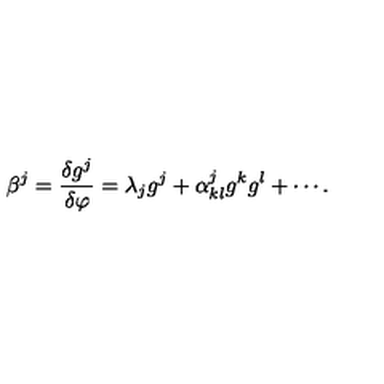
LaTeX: { \beta ^ { j } } = { \frac { \delta { g ^ { j } } } { \delta \varphi } } = { \lambda _ { j } } { g ^ { j } } + { \alpha _ { k l } ^ { j } } { g ^ { k } } { g ^ { l } } + \cdots .